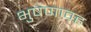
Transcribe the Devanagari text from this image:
भुषणावह